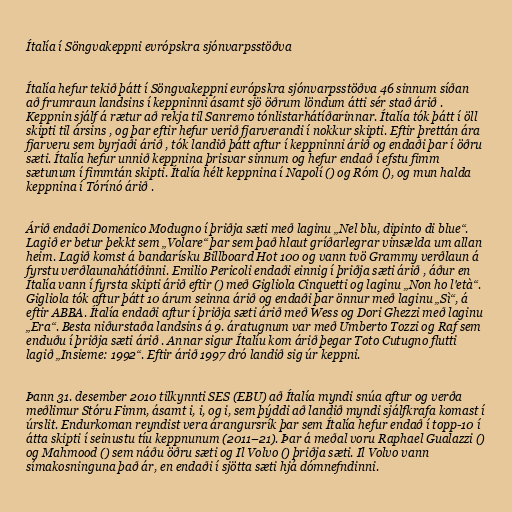
Ítalía í Söngvakeppni evrópskra sjónvarpsstöðva

Ítalía hefur tekið þátt í Söngvakeppni evrópskra sjónvarpsstöðva 46 sinnum síðan
að frumraun landsins í keppninni ásamt sjö öðrum löndum átti sér stað árið .
Keppnin sjálf á rætur að rekja til Sanremo tónlistarhátíðarinnar. Ítalía tók þátt í öll
skipti til ársins , og þar eftir hefur verið fjarverandi í nokkur skipti. Eftir þrettán ára
fjarveru sem byrjaði árið , tók landið þátt aftur í keppninni árið og endaði þar í öðru
sæti. Ítalía hefur unnið keppnina þrisvar sinnum og hefur endað í efstu fimm
sætunum í fimmtán skipti. Ítalía hélt keppnina í Napolí () og Róm (), og mun halda
keppnina í Tórínó árið .

Árið endaði Domenico Modugno í þriðja sæti með laginu „Nel blu, dipinto di blue“.
Lagið er betur þekkt sem „Volare“ þar sem það hlaut gríðarlegrar vinsælda um allan
heim. Lagið komst á bandarísku Billboard Hot 100 og vann tvö Grammy verðlaun á
fyrstu verðlaunahátíðinni. Emilio Pericoli endaði einnig í þriðja sæti árið , áður en
Ítalía vann í fyrsta skipti árið eftir () með Gigliola Cinquetti og laginu „Non ho l'età“.
Gigliola tók aftur þátt 10 árum seinna árið og endaði þar önnur með laginu „Sì“, á
eftir ABBA. Ítalía endaði aftur í þriðja sæti árið með Wess og Dori Ghezzi með laginu
„Era“. Besta niðurstaða landsins á 9. áratugnum var með Umberto Tozzi og Raf sem
enduðu í þriðja sæti árið . Annar sigur Ítalíu kom árið þegar Toto Cutugno flutti
lagið „Insieme: 1992“. Eftir árið 1997 dró landið sig úr keppni.

Þann 31. desember 2010 tilkynnti SES (EBU) að Ítalía myndi snúa aftur og verða
meðlimur Stóru Fimm, ásamt i, i, og i, sem þýddi að landið myndi sjálfkrafa komast í
úrslit. Endurkoman reyndist vera árangursrík þar sem Ítalía hefur endað í topp-10 í
átta skipti í seinustu tíu keppnunum (2011–21). Þar á meðal voru Raphael Gualazzi ()
og Mahmood () sem náðu öðru sæti og Il Volvo () þriðja sæti. Il Volvo vann
símakosninguna það ár, en endaði í sjötta sæti hjá dómnefndinni.